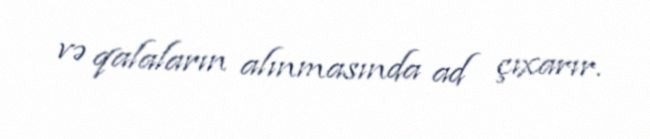
və qalaların alınmasında ad çıxarır.